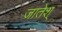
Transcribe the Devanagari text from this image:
जातेश्